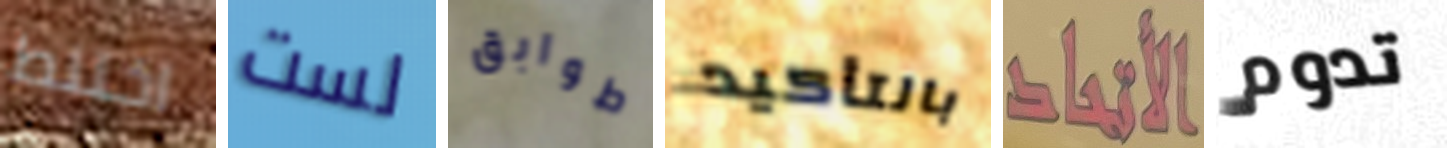
اختلط لست طوابق بالتأكيد الأتحاد تدوم